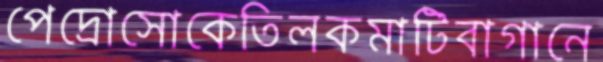
পেদ্রোসোকেতিলকমাটিবাগানে